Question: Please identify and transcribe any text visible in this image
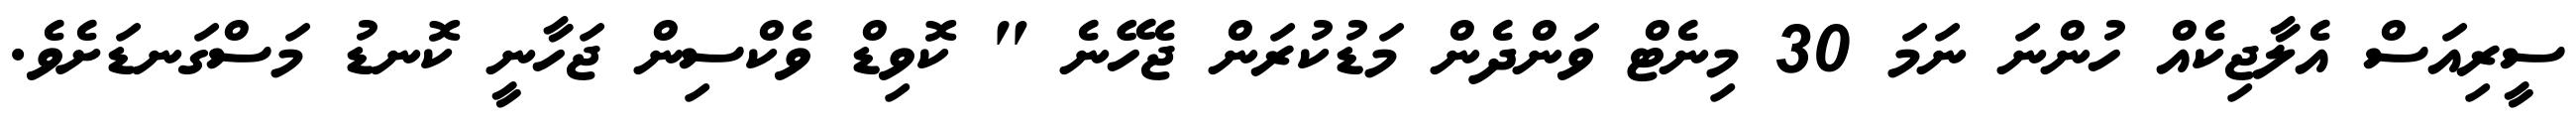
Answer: ސީރިއަސް އެލާޖިކެއް ހުންނަ ނަމަ 30 މިނެޓް ވަންދެން މަޑުކުރަން ޖެހޭނެ " ކޮވިޑް ވެކްސިން ޖަހާނީ ކޮނޑު މަސްގަނޑަށެވެ.